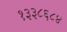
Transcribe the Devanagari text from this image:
१३३८६८४